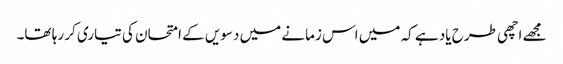
مجھے اچھی طرح یاد ہے کہ میں اس زمانے میں دسویں کے امتحان کی تیاری کر رہا تھا۔